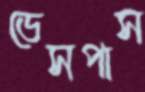
ডেসপাস